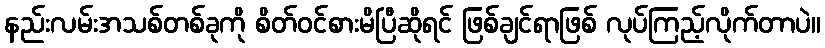
နည်းလမ်းအသစ်တစ်ခုကို စိတ်ဝင်စားမိပြီဆိုရင် ဖြစ်ချင်ရာဖြစ် လုပ်ကြည့်လိုက်တာပဲ။